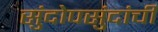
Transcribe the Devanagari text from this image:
सुंदोपसुंदांची